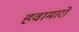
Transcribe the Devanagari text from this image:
हवामारों